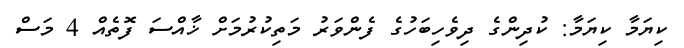
ކިޔަމާ ކިޔަމާ: ކުދިންގެ ދިވެހިބަހުގެ ފެންވަރު މަތިކުރުމަށް ޚާއްސަ ފޮތެއް 4 މަސް